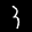
Label: 3